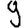
Digit: 9